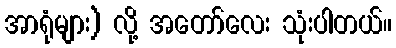
အာရုံများ) လို့ အတော်လေး သုံးပါတယ်။